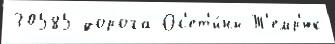
30585 дорога Ос'ет'и́ны Т'емр'юк